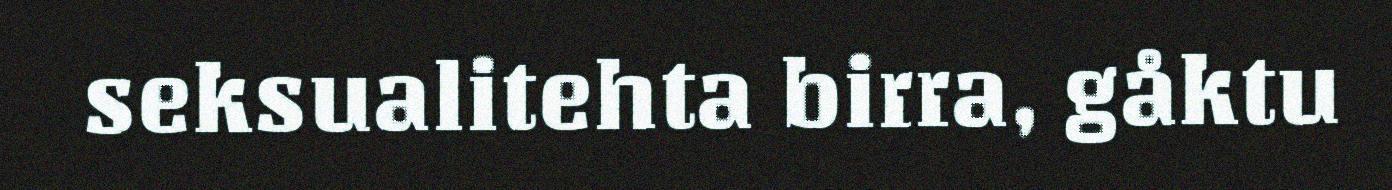
seksualitehta birra, gåktu